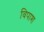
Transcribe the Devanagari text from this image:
विपाश